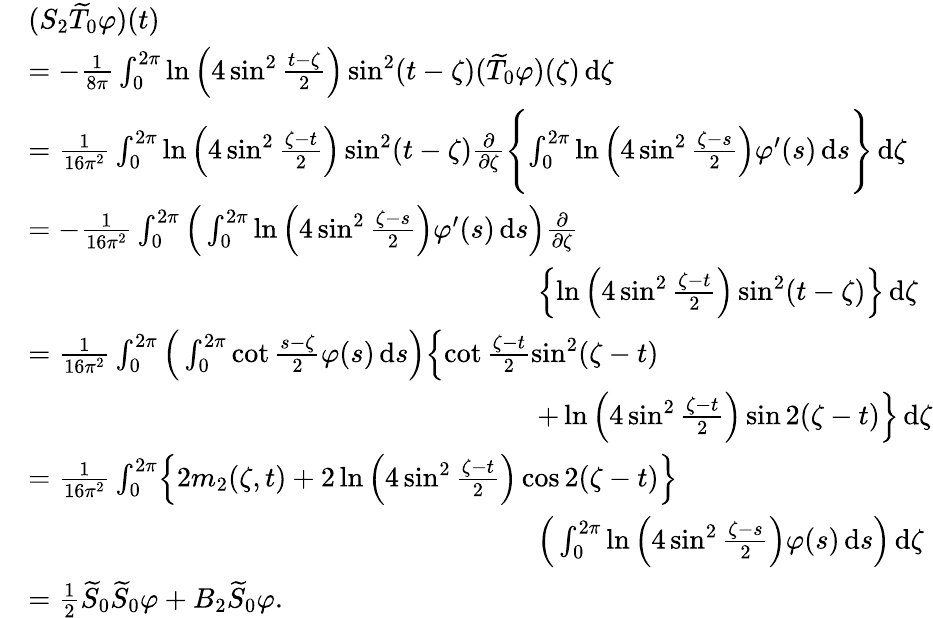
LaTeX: \begin{array}{rl}&{(S_{2}\widetilde{T}_{0}\varphi)(t)}\\ &{=-\frac{1}{8\pi}\int_{0}^{2\pi}\ln\Big(4\sin^{2}\frac{t-\zeta}{2}\Big)\sin^{2}(t-\zeta)(\widetilde{T}_{0}\varphi)(\zeta)\, \mathrm{d}\zeta}\\ &{=\frac{1}{16\pi^{2}}\int_{0}^{2\pi}\ln\Big(4\sin^{2}\frac{\zeta-t}{2}\Big)\sin^{2}(t-\zeta)\frac{\partial}{\partial\zeta}\Biggl\{ \int_{0}^{2\pi}\ln\Big(4\sin^{2}\frac{\zeta-s}{2}\Big)\varphi^{\prime}(s)\, \mathrm{d}s\Biggr\} \, \mathrm{d}\zeta}\\ &{=-\frac{1}{16\pi^{2}}\int_{0}^{2\pi}\Big(\int_{0}^{2\pi}\ln\Big(4\sin^{2}\frac{\zeta-s}{2}\Big)\varphi^{\prime}(s)\, \mathrm{d}s\Big)\frac{\partial}{\partial\zeta}}\\ &{\qquad\qquad\qquad\qquad\qquad\qquad\qquad\qquad\qquad\Bigl\{ \ln\Big(4\sin^{2}\frac{\zeta-t}{2}\Big)\sin^{2}(t-\zeta)\Bigr\} \, \mathrm{d}\zeta}\\ &{=\frac{1}{16\pi^{2}}\int_{0}^{2\pi}\Big(\int_{0}^{2\pi}\cot\frac{s-\zeta}{2}\varphi(s)\, \mathrm{d}s\Big)\Bigl\{ \cot\frac{\zeta-t}{2}\sin^{2}(\zeta-t)}\\ &{\qquad\qquad\qquad\qquad\qquad\qquad\qquad\qquad\qquad+\ln\Big(4\sin^{2}\frac{\zeta-t}{2}\Big)\sin 2(\zeta-t)\Bigr\} \, \mathrm{d}\zeta}\\ &{=\frac{1}{16\pi^{2}}\int_{0}^{2\pi}\Bigl\{ 2m_{2}(\zeta,t)+2\ln\Big(4\sin^{2}\frac{\zeta-t}{2}\Big)\cos 2(\zeta-t)\Bigr\} }\\ &{\qquad\qquad\qquad\qquad\qquad\qquad\qquad\qquad\qquad\Big(\int_{0}^{2\pi}\ln\Big(4\sin^{2}\frac{\zeta-s}{2}\Big)\varphi(s)\, \mathrm{d}s\Big)\, \mathrm{d}\zeta}\\ &{=\frac{1}{2}\widetilde{S}_{0}\widetilde{S}_{0}\varphi+B_{2}\widetilde{S}_{0}\varphi.}\end{array}